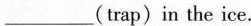
___(trap)in the ice.